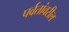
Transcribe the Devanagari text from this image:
पर्वतांवरील